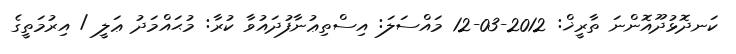
ކަނދޮޅުދޫއޮންނަ ތާރީޚް: 2012-03-12 މައްސަލަ: އިސްތިޢުނާފުދައުވާ ކުރާ: މުޙައްމަދު ޢަލީ / އިރުމަތީގެ